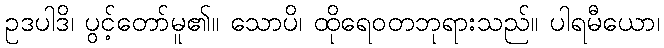
ဥဒပါဒိ၊ ပွင့်တော်မူ၏။ သောပိ၊ ထိုရေဝတဘုရားသည်။ ပါရမီယော၊